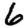
Digit: 6